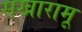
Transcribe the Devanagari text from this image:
सखारामू